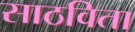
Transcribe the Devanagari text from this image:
साठविता